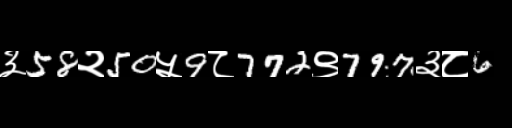
Text: ३58२50५9८772९797३८6